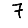
Digit: 7